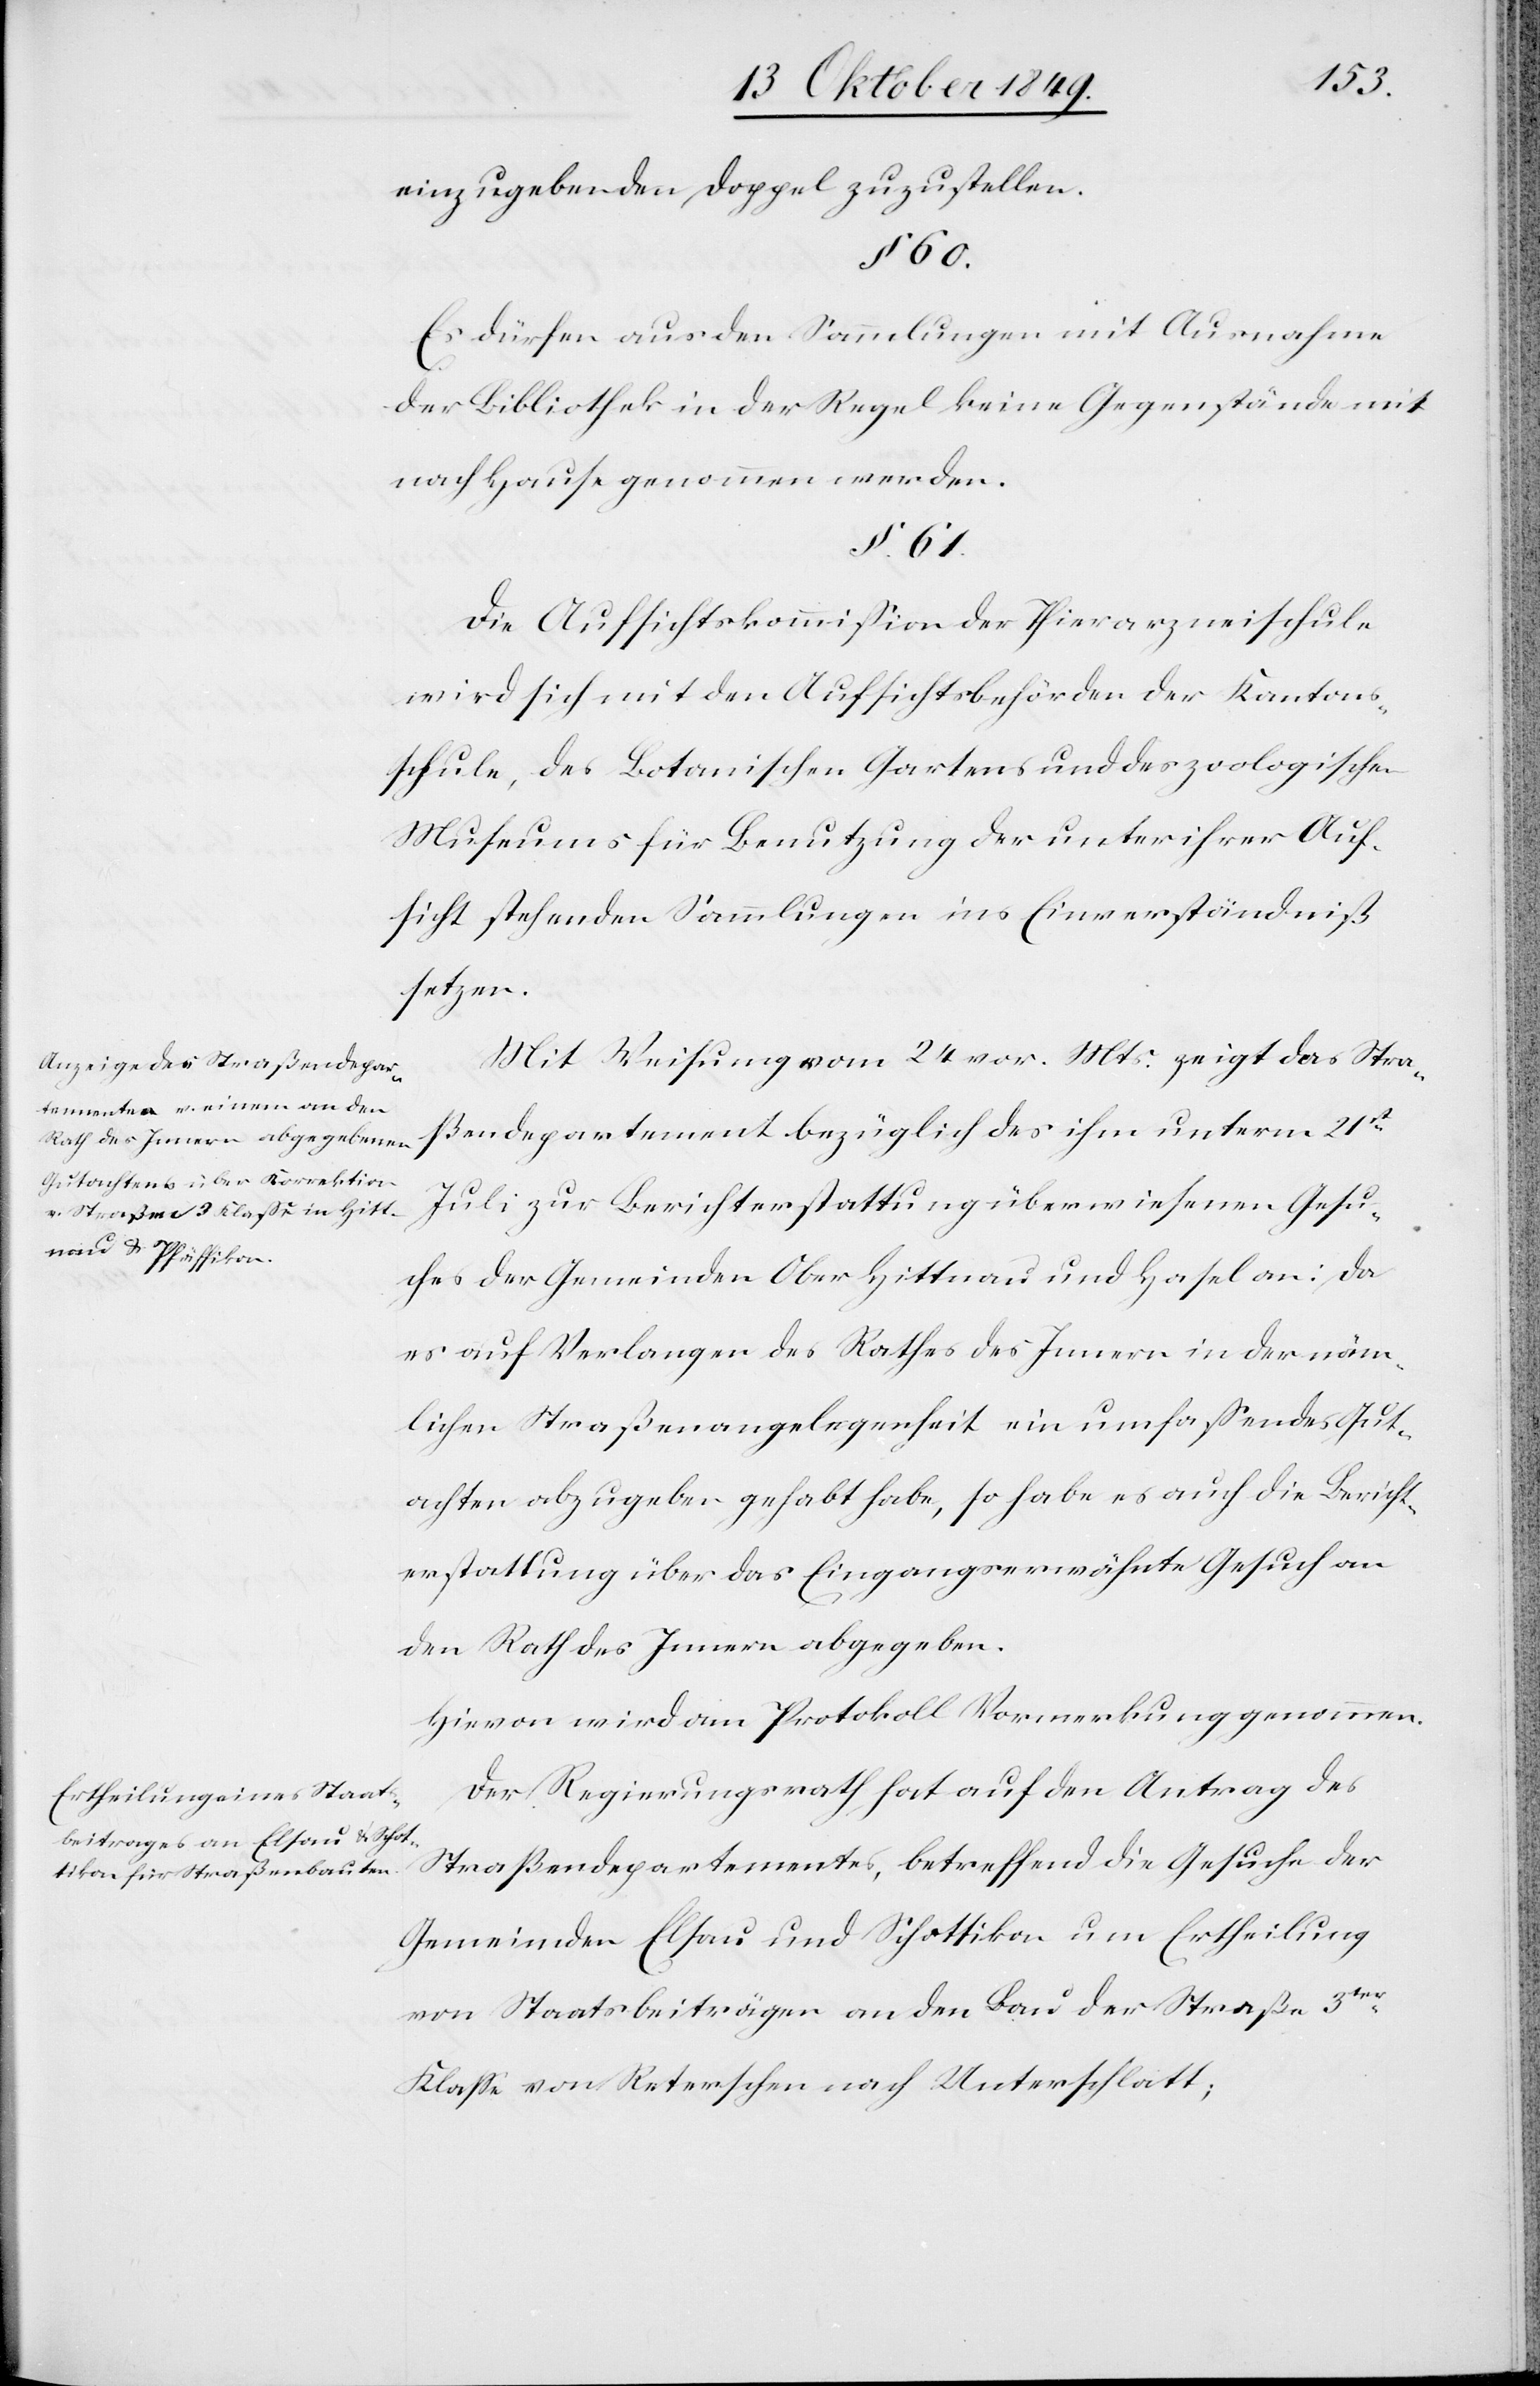
einzugebenden Doppel zuzustellen.
§ 60.
Es dürfen aus den Sammlungen mit Ausnahme
der Bibliothek in der Regel keine Gegenstände mit
nach Hause genommen werden.
§ 61.
Die Aufsichtskommißion der Thierarzneischule
wird sich mit den Aufsichtsbehörden der Kantons¬
schule, des Botanischen Gartens und des zoologischen
Museums für Benutzung der unter ihrer Auf¬
sicht stehenden Sammlungen ins Einverständniß
setzen.
Mit Weisung vom 24 vor. Mts. zeigt das Stra¬
ßendepartement bezüglich des ihm unterm 21st
Juli zur Berichterstattung überwiesenen Gesu¬
ches der Gemeinden Oberhittnau und Hasel an: Da
es auf Verlangen des Rathes des Innern in der näm¬
lichen Straßenangelegenheit ein umfaßendes Gut¬
achten abzugeben gehabt habe, so habe es auch die Bericht¬
erstattung über das Eingangserwähnte Gesuch an
den Rath des Innern abgegeben.
Hievon wird am Protokoll Vormerkung genommen.
Der Regierungsrath hat auf den Antrag des
Straßendepartementes, betreffend die Gesuche der
Gemeinden Elsau und Schottikon um Ertheilung
von Staatsbeiträgen an den Bau der Straße 3ter
Klaße von Reterschen nach Unterschlatt;